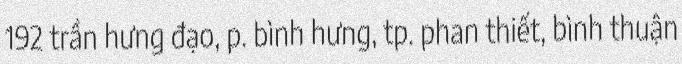
192 trần hưng đạo, p. bình hưng, tp. phan thiết, bình thuận